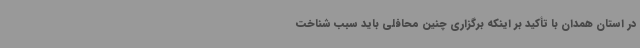
در استان همدان با تأکید بر اینکه برگزاری چنین محافلی باید سبب شناخت